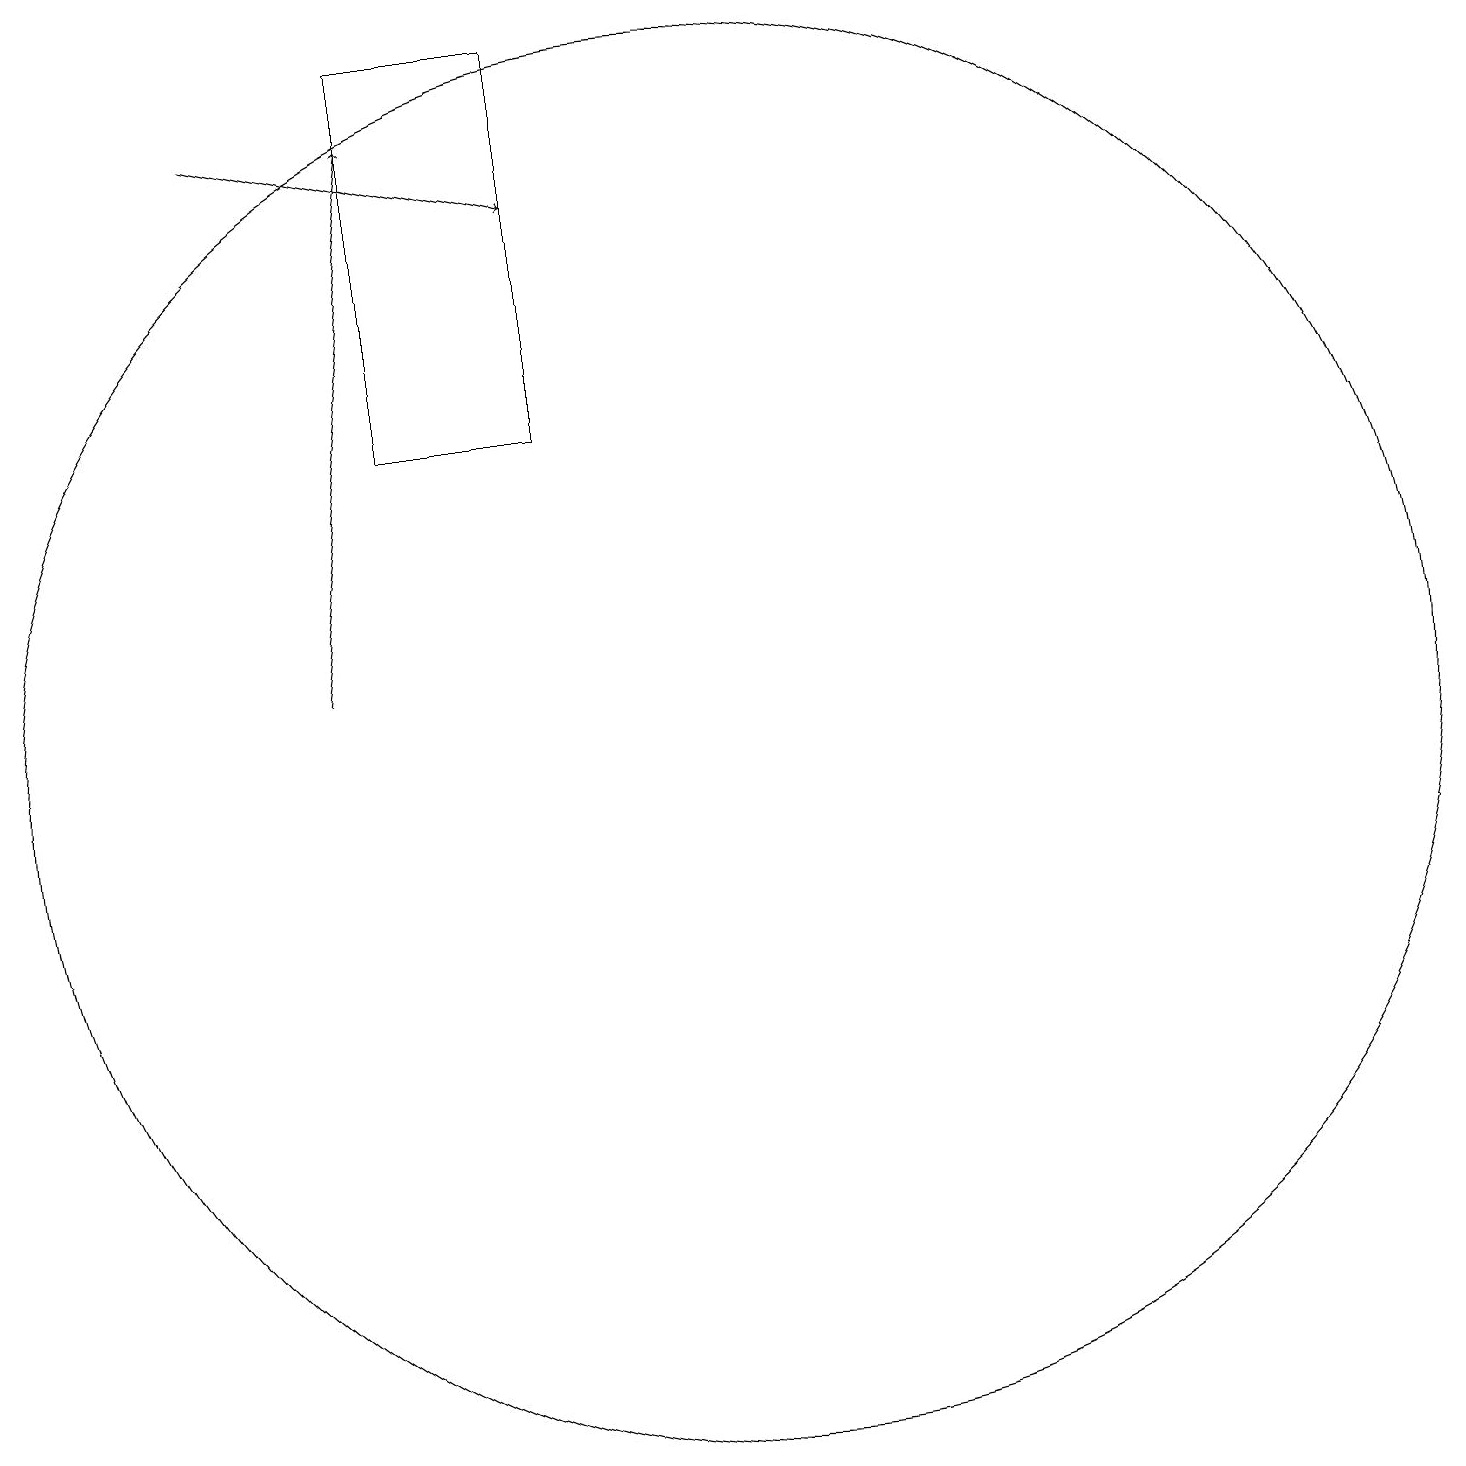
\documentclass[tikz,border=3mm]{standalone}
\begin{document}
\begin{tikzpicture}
\draw[->] (6,11) -- (7,18);
\draw (11,10) circle (0);
\draw (11,10) circle (9);
\draw (7,14) rectangle (9,19);
\draw[->] (5,18) -- (9,17);
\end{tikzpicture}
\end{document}